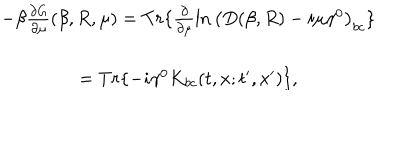
LaTeX: \begin{array} { c } { { - \beta \frac { \partial G } { \partial \mu } ( \beta , R , \mu ) = T r \{ \frac \partial { \partial \mu } \ln \left( D ( \beta , R ) - i \mu \gamma ^ { 0 } \right) _ { b c } \} } } \\ { { = T r \{ - i \gamma ^ { 0 } K _ { b c } ( t , x ; t ^ { \prime } , x ^ { \prime } ) \} , } } \\ \end{array}